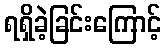
ရရှိခဲ့ခြင်းကြောင့်